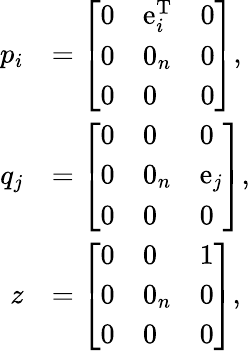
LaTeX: {\begin{array}{rl}{p_{i}}&{={\left[\begin{array}{lll}{0}&{\operatorname{e}_{i}^{\mathrm{T}}}&{0}\\ {0}&{0_{n}}&{0}\\ {0}&{0}&{0}\end{array}\right]},}\\ {q_{j}}&{={\left[\begin{array}{lll}{0}&{0}&{0}\\ {0}&{0_{n}}&{\operatorname{e}_{j}}\\ {0}&{0}&{0}\end{array}\right]},}\\ {z}&{={\left[\begin{array}{lll}{0}&{0}&{1}\\ {0}&{0_{n}}&{0}\\ {0}&{0}&{0}\end{array}\right]},}\end{array}}